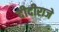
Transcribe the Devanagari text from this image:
दीदीराजे